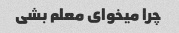
چرا میخوای معلم بشی